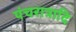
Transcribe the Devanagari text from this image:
पंचरात्रादि